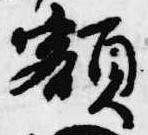
額